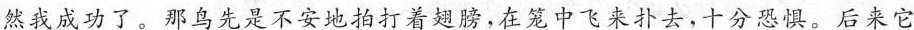
然我成功了。那鸟先是不安地拍打着翅膀，在笼中飞来扑去，十分恐惧。后来它